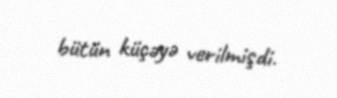
bütün küçəyə verilmişdi.